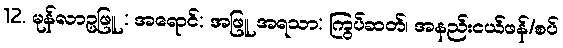
12. မုန်လာဥဖြူ : အရောင်: အဖြူ အရသာ: ကြွပ်ဆတ်၊ အနည်းငယ်ဖန်/စပ်